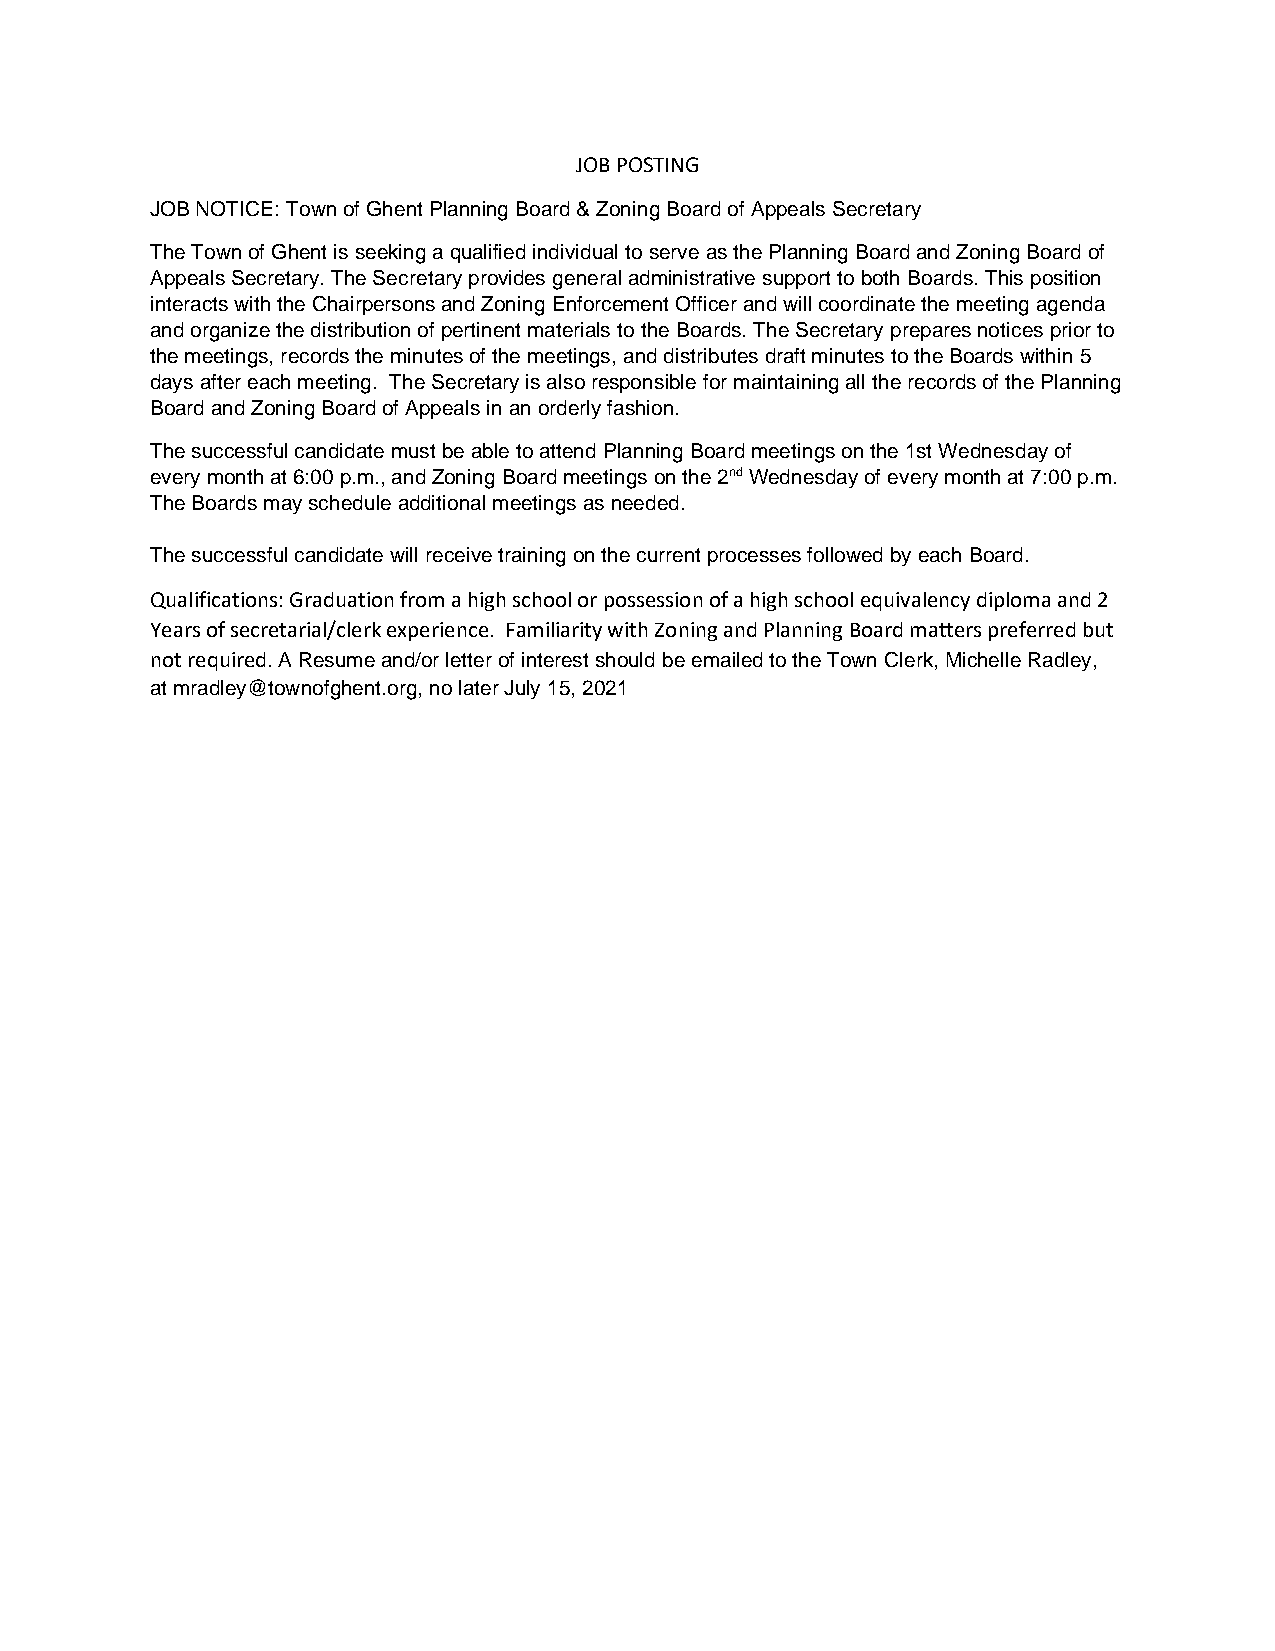
JOB POSTING
 JOB NOTICE: Town of Ghent Planning Board & Zoning Board of Appeals Secretary
 The Town of Ghent is seeking a qualified individual to serve as the Planning Board and Zoning Board of
 Appeals Secretary. The Secretary provides general administrative support to both Boards. This position
 interacts with the Chairpersons and Zoning Enforcement Officer and will coordinate the meeting agenda
 and organize the distribution of pertinent materials to the Boards. The Secretary prepares notices prior to
 the meetings, records the minutes of the meetings, and distributes draft minutes to the Boards within 5
 days after each meeting. The Secretary is also responsible for maintaining all the records of the Planning
 Board and Zoning Board of Appeals in an orderly fashion.
 The successful candidate must be able to attend Planning Board meetings on the 1st Wednesday of
 every month at 6:00 p.m., and Zoning Board meetings on the 2nd Wednesday of every month at 7:00 p.m.
 The Boards may schedule additional meetings as needed.
 The successful candidate will receive training on the current processes followed by each Board.
 Qualifications: Graduation from a high school or possession of a high school equivalency diploma and 2
 Years of secretarial/clerk experience. Familiarity with Zoning and Planning Board matters preferred but
 not required. A Resume and/or letter of interest should be emailed to the Town Clerk, Michelle Radley,
 at mradley@townofghent.org, no later July 15, 2021